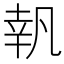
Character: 𠙜